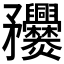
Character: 𥎤